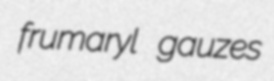
frumaryl gauzes